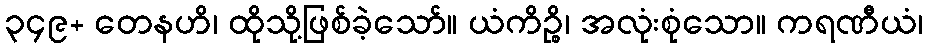
၃၄၉+ တေနဟိ၊ ထိုသို့ဖြစ်ခဲ့သော်။ ယံကိဉ္စိ၊ အလုံးစုံသော။ ကရဏီယံ၊